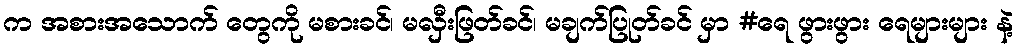
က အစားအသောက် တွေကို မစားခင်၊ မလှီးဖြတ်ခင်၊ မချက်ပြုတ်ခင် မှာ #ရေ ဖွားဖွား ရေများများ နဲ့